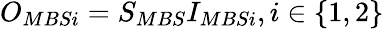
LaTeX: O_{MBSi}=S_{MBS}I_{MBSi},i\in\{ 1,2\}